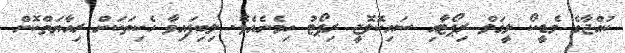
ކުއްޖާގެ މެޑީކޯ ލީގަލް ރިޕޯޓާއި ސައިކޮލޮޖީ ރިޕޯޓު ހިމެނެއެވެ. ލިބިފައިވާ ހެކިތަކަށް ރިއާޔަތްކޮށް